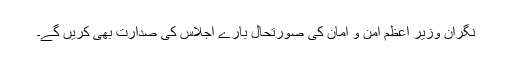
نگران وزیر اعظم امن و امان کی صورتحال بارے اجلاس کی صدارت بھی کریں گے۔